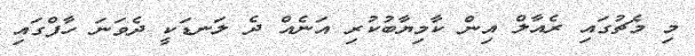
މި މެޗުގައި ރެއާލް އިން ކާމިޔާބުކުރި އަނެއް ދެ ލަނޑަކީ ދެވަނަ ހާފްގައި